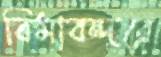
বিমাবন্দরে